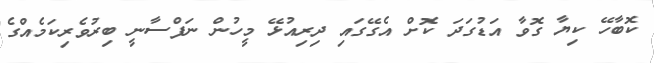
ކޮބާހޭ ކިޔާ ގޮވާ އަޑުގަދަ ކޮށް އެގޭގައި ދިރިއުޅޭ މީހުން ނަފްސާނީ ބިރުވެރިކަމެއްގެ